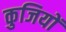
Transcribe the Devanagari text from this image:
कुजियों